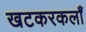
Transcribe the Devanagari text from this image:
खटकरकलाँ